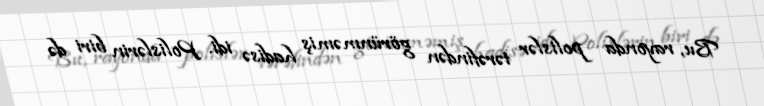
Bu, rayonda polislər tərəfindən görünməmiş hadisə idi. Polislərin biri də